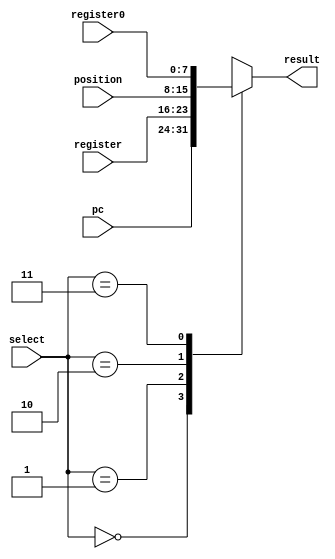
module op1_mux (input [1:0] select, input [7:0] pc, register, register0, position, output reg [7:0] result);

	always@(*)
		begin	
			case(select)
				2'b00: result <= pc;
				2'b01: result <= register;
				2'b10: result <= position;
				2'b11: result <= register0;
			endcase
		end	
endmodule